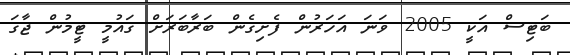
ބަޓިސް އަކީ 2005 ވަނަ އަހަރުން ފެށިގެން ބަރާބަރަށް ގައުމީ ޓީމުން ޖާގަ